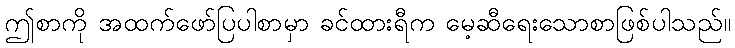
ဤစာကို အထက်ဖော်ပြပါစာမှာ ခင်ထားရီက မေ့ဆီရေးသောစာဖြစ်ပါသည်။